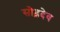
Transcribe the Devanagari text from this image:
सोढ़देव